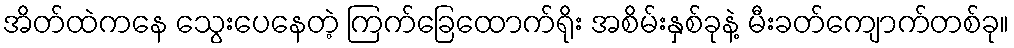
အိတ်ထဲကနေ သွေးပေနေတဲ့ ကြက်ခြေထောက်ရိုး အစိမ်းနှစ်ခုနဲ့ မီးခတ်ကျောက်တစ်ခု။